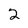
Character: 2